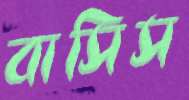
বাসিস